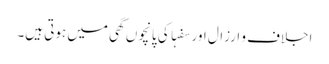
اجلاف و ارزال اور سفہا کی پانچوں گھی میں ہوتی ہیں۔